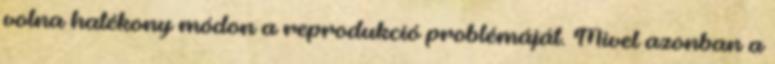
volna hatékony módon a reprodukció problémáját. Mivel azonban a